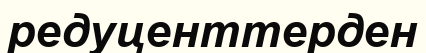
редуценттерден